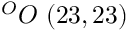
^ { O } O \ ( 2 3 , 2 3 )